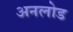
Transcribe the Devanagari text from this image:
अनलोड